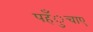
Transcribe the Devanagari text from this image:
पहँुचाए